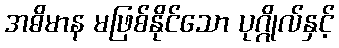
အဓိမာန မဖြစ်နိုင်သော ပုဂ္ဂိုလ်နှင့်